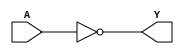
/*
`ifndef SKY130_FD_SC_HD__INV_FUNCTIONAL_V
`define SKY130_FD_SC_HD__INV_FUNCTIONAL_V

`timescale 1ns / 1ps
`default_nettype none
*/

module sky130_fd_sc_hd__inv_1(
	 Y,
	 A);

 /*
 output Y;
 input A;
 wire not_1;

 not not0(not_1,A);
 buf buf0(Y, not_1);
*/

 // Module ports
    output Y;
    input  A;

    // Local signals
    wire not0_out_Y;

    //  Name  Output      Other arguments
    not not0 (not0_out_Y, A              );
    buf buf0 (Y         , not0_out_Y     );

endmodule


/*
`default_nettype wire
`endif  // SKY130_FD_SC_HD__INV_FUNCTIONAL_V
*/